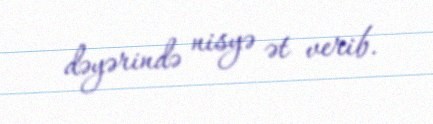
dəyərində nisyə ət verib.